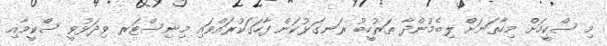
މި ސްކީމަށް މިހާތަނަށް ލިބެމުންދާ ތަރުހީބު ރަނގަޅުކަން ފާހަގަކުރައްވައި މިނިސްޓަރ ވިދަޅުވީ ސްކީމާއި